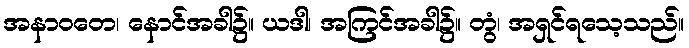
အနာဝတေ၊ နောင်အခါ၌။ ယဒါ၊ အကြင်အခါ၌။ တွံ၊ အရှင်ရသေ့သည်။